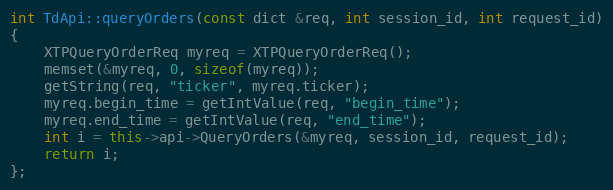
Language: C++
int TdApi::queryOrders(const dict &req, int session_id, int request_id)
{
	XTPQueryOrderReq myreq = XTPQueryOrderReq();
	memset(&myreq, 0, sizeof(myreq));
	getString(req, "ticker", myreq.ticker);
	myreq.begin_time = getIntValue(req, "begin_time");
	myreq.end_time = getIntValue(req, "end_time");
	int i = this->api->QueryOrders(&myreq, session_id, request_id);
	return i;
};